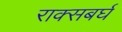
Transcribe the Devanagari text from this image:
राक्सबर्घ